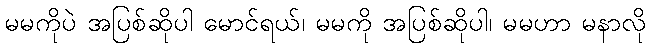
မမကိုပဲ အပြစ်ဆိုပါ မောင်ရယ်၊ မမကို အပြစ်ဆိုပါ၊ မမဟာ မနာလို